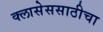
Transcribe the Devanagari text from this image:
क्लासेससाठीचा